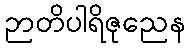
ဉာတိပါရိဇုညေန